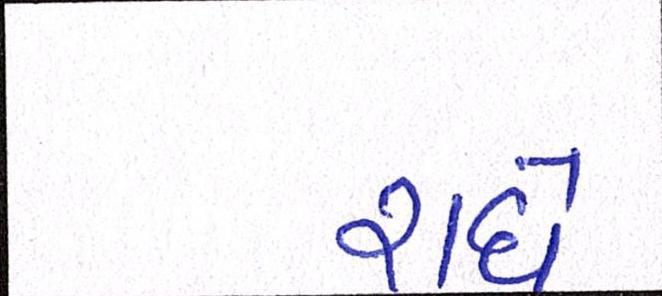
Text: રાધે